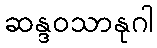
ဆန္ဒဝသာနုဂါ